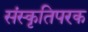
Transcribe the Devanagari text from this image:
संस्कृतिपरक